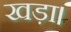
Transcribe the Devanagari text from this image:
खड़ा।